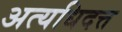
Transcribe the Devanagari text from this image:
अत्यधिदत्त